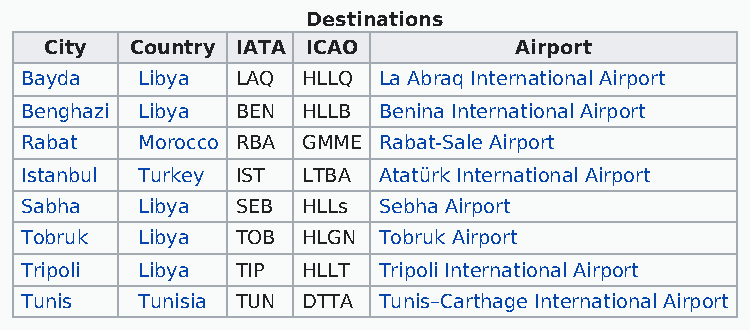
Destinations
 City  Country IATA ICAO        Airport
 Bayda   Libya  LAQ HLLQ La Abraq International Airport
 Benghazi Libya BEN HLLB Benina International Airport
 Rabat   Morocco RBA GMME Rabat-Sale Airport
 Istanbul Turkey IST LTBA Atatürk International Airport
 Sabha   Libya  SEB HLLs Sebha Airport
 Tobruk  Libya  TOB HLGN Tobruk Airport
 Tripoli Libya  TIP HLLT Tripoli International Airport
 Tunis   Tunisia TUN DTTA Tunis–Carthage International Airport